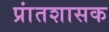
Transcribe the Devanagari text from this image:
प्रांतशासक